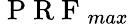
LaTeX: \mathrm{~P~R~F~}_{max}